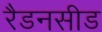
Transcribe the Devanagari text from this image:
रैडनसीड